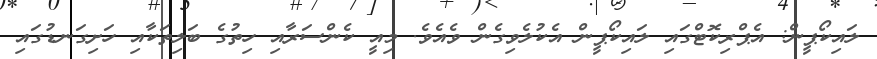
ލައިކޯޕީން: އެޕްރިކޮޓްގައި ލައިކޯޕީން އެކުލެވިގެން ވެއެވެ. މިއީ ކެންސަރާއި ހިތުގެ ބަލިތަކާއި ހަށިގަނޑުގައި